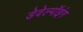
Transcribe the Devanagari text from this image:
डेवेल्पॉइंग